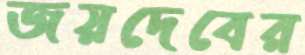
জয়দেবের